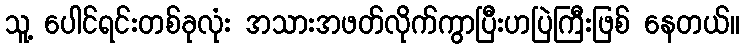
သူ့ ပေါင်ရင်းတစ်ခုလုံး အသားအဖတ်လိုက်ကွာပြီးဟပြဲကြီးဖြစ် နေတယ်။